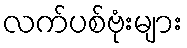
လက်ပစ်ဗုံးများ